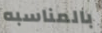
بالمناسبه